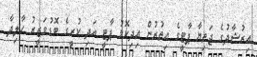
އިރުޝާދުގެ ޖަތިޔާ ޕާޓީގެ އިތުރުން އިދިކޮޅު ޕާޓީ އަދި ކުރީގެ ބޮޑުވަޒީރު ހާލިދާ